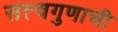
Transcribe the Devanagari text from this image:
सत्त्वगुणाची